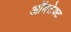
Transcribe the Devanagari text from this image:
ऑबटेक्ट